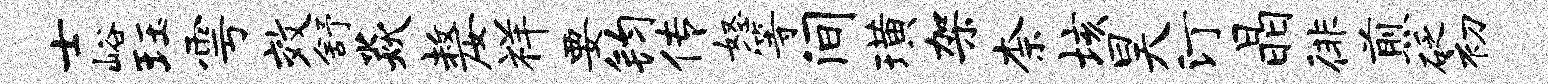
士峪珏雩效舒焱嫠祥要钧传怒等间璜架柰垓昊汀晶徘煎砭初